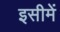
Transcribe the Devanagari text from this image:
इसीमें